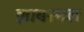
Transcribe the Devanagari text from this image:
झाबरमल